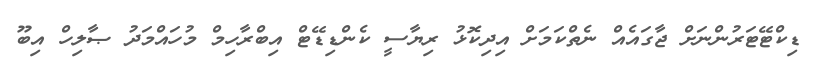
ޑިކްޓޭޓަރުންނަށް ޖާގައެއް ނެތްކަމަށް އިދިކޮޅު ރިޔާސީ ކެންޑިޑޭޓް އިބްރާހިމް މުހައްމަދު ޞާލިހް އިބޫ